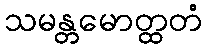
သမန္တမောတ္ထတံ